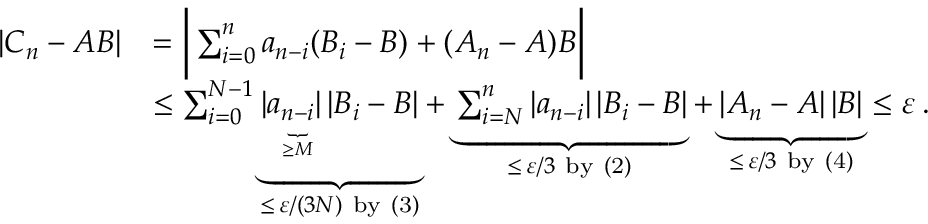
{ \begin{array} { r l } { | C _ { n } - A B | } & { = { \biggl | } \sum _ { i = 0 } ^ { n } a _ { n - i } ( B _ { i } - B ) + ( A _ { n } - A ) B { \biggr | } } \\ & { \leq \sum _ { i = 0 } ^ { N - 1 } \underbrace { | a _ { \underbrace { \scriptstyle n - i } _ { \scriptscriptstyle \geq M } } | \, | B _ { i } - B | } _ { \leq \, \varepsilon / ( 3 N ) { \mathrm { ~ b y ~ ( 3 ) } } } + \underbrace { \sum _ { i = N } ^ { n } | a _ { n - i } | \, | B _ { i } - B | } _ { \leq \, \varepsilon / 3 { \mathrm { ~ b y ~ ( 2 ) } } } + \underbrace { | A _ { n } - A | \, | B | } _ { \leq \, \varepsilon / 3 { \mathrm { ~ b y ~ ( 4 ) } } } \leq \varepsilon \, . } \end{array} }